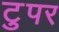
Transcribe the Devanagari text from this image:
टुपर